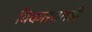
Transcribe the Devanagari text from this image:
विकासातही